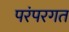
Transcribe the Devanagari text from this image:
परंपरगत